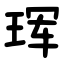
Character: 珲